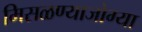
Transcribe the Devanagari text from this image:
मिसळण्याजोग्या